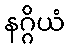
နဂ္ဂိယံ